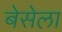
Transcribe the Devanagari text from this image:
बेसेला